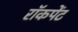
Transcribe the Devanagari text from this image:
रॉकपेंट